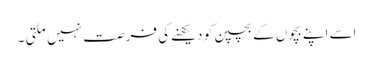
اسے اپنے بچوں کے بچپن کو دیکھنےکی فرصت نہیں ملتی ۔